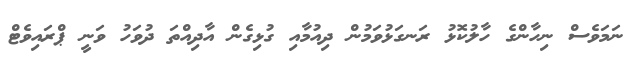
ނަމަވެސް ނިހާންގެ ހާލުކޮޅު ރަނގަޅުވަމުން ދިއުމާއި ގުޅިގެން އާދިއްތަ ދުވަހު ވަނީ ޕްރައިވެޓް